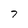
Character: 7